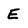
Character: E